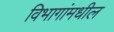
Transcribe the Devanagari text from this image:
विभागांमधील